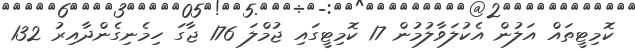
ކޮމިޓީތައް އަލުން އެކުލަވާލުމުން 17 ކޮމިޓީގައި ޖުމްލަ 176 ޖާގަ ހިމެނިގެންދާއިރު 132